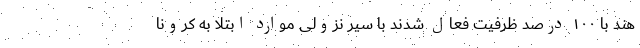
هند با ۱۰۰ درصد ظرفیت فعال شدند با سیر نزولی موارد ابتلا به کرونا